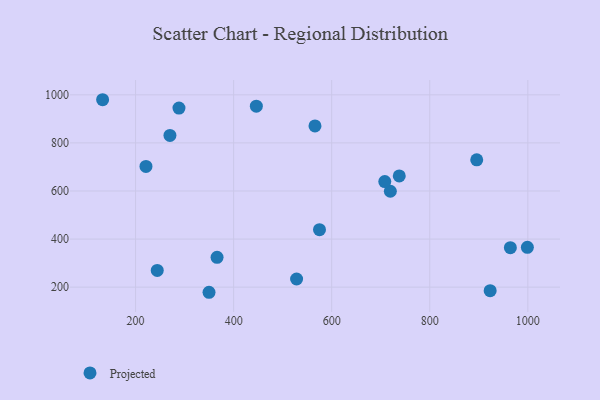
{"axis": {"x": "Experience", "y": "Yield"}, "legend": ["Projected"], "data": [{"x": "288.5", "y": 944.8, "type": "Projected"}, {"x": "895.8", "y": 729.6, "type": "Projected"}, {"x": "446.3", "y": 952.7, "type": "Projected"}, {"x": "923.2", "y": 185.2, "type": "Projected"}, {"x": "737.8", "y": 662.8, "type": "Projected"}, {"x": "244.2", "y": 269.4, "type": "Projected"}, {"x": "565.9", "y": 870.7, "type": "Projected"}, {"x": "964.4", "y": 364.4, "type": "Projected"}, {"x": "349.8", "y": 178.7, "type": "Projected"}, {"x": "270.1", "y": 831.0, "type": "Projected"}, {"x": "528.4", "y": 233.9, "type": "Projected"}, {"x": "132.8", "y": 979.6, "type": "Projected"}, {"x": "719.6", "y": 599.0, "type": "Projected"}, {"x": "708.3", "y": 639.1, "type": "Projected"}, {"x": "999.1", "y": 365.8, "type": "Projected"}, {"x": "366.2", "y": 324.2, "type": "Projected"}, {"x": "575.1", "y": 439.0, "type": "Projected"}, {"x": "221.2", "y": 702.0, "type": "Projected"}]}